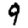
Digit: 9